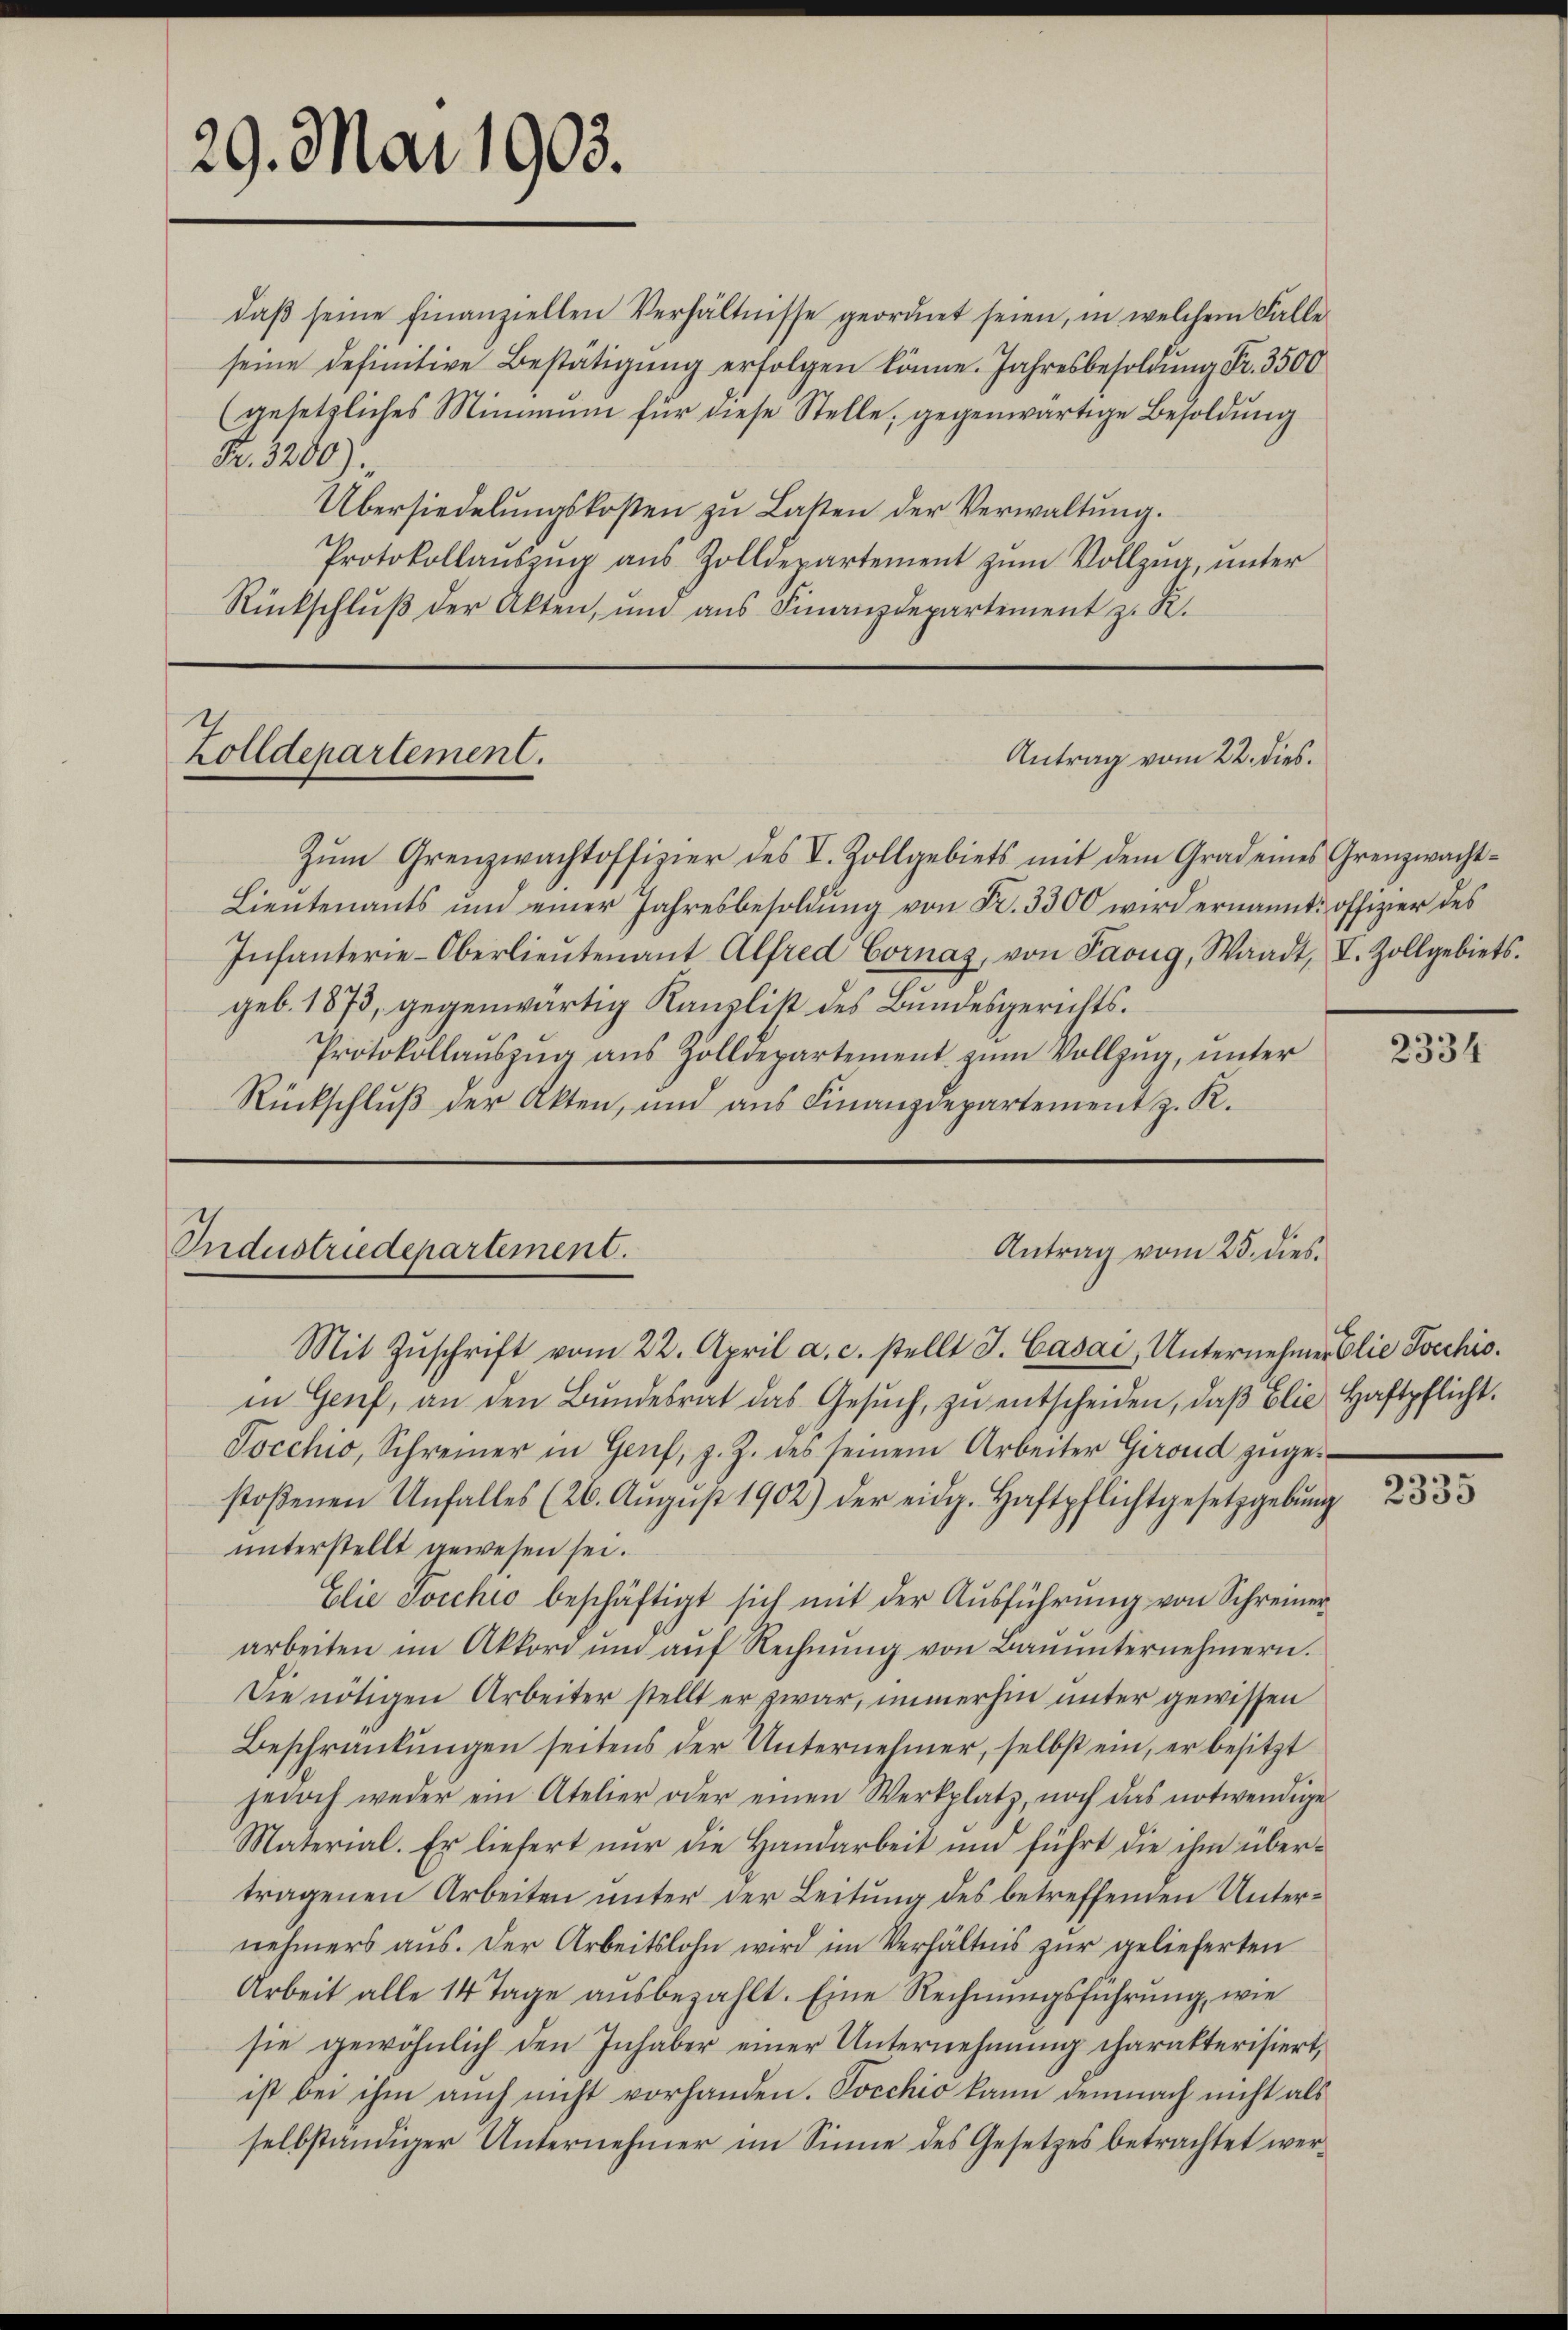
29. Mai 1903.

daβ seine finanziellen Verhältnisse geordnet seien, in welchem Falle
seine definitive Bestätigung erfolgen könne. Jahresbesoldung Fr. 3500
(gesetzliches Minimum für diese Stelle, gegenwärtige Besoldung
Fr. 3200)
Übersiedelungskosten zu Lasten der Verwaltung.
Protokollaŭszŭg aŭs Zolldepartement zŭm Vollzŭg, ŭnter
Rückschlŭβ der Akten, und aŭs Finanzdepartement z. R.

Zolldepartement.

Industriedepartement.

Zŭm Grenzwachtoffizier des V. Zollgebiets mit dem Grad eines Grenzwacht-
Lieutenants und einer Jahresbesoldŭng von Fr. 3300 wird ernannt: offizier des
Infanterie-Oberlieŭtenant Alfred Cornaz, von Paoŭg, Waadt, I. Zollgebiets.
geb. 1873, gegenwärtig Kanzlist des Bundesgerichts¬
Protokollaŭszŭg aŭs Zolldepartement zŭm Vollzŭg, ŭnter
Rückschlŭβ der Akten, und ans Finanzdepartement z. R.

Antrag vom 22. dies.

Mit Zŭschrift vom 22. April a. c. stellt J. Casai, Unternehmer blie oechis.
in Genf, an den Bundesrat das Gesŭch, zu entscheiden, daß Elie Haftpflicht.
Jocchio, Schreiner in Genf, z. Z. des seinem Arbeiter Girond zugestoßenen Unfalles (26. Aŭgŭst 1902) der eidg. Haftpflichtgesetzgebŭng
unterstellt gewesen sei.
Elie Jocchio beschäftigt sich mit der Aŭsführŭng von Schreiner
arbeiten im Akkord ŭm aŭf Rechnŭng von Baŭŭnternehmern.
Die nötigen Arbeiter stellt er zwar, immerhin unter gewissen
Beschränkungen seitens der Unternehmer, selbst ein, er besitzt
jedoch weder ein Atelier oder einen Werkplatz, noch das notwendige
Material. Er liefert nŭr die Handarbeit und führt die ihm über-
tragenen Arbeiten ŭnter der Leitŭng des betreffenden Unternehmers aus. Der Arbeitslohn wird im Verhältnis zur gelieferten
Arbeit alle 14 Tage aŭsbezahlt. Eine Rechnungsführung, wie
sie gewöhnlich den Inhaber einer Unternehmung charakterisiert,
ist bei ihm auch nicht vorhanden. Docchio kann demnach nicht als
selbständiger Unternehmer im Sinne des Gesetzes betrachtet wer¬

Antrag vom 25. dies

2334

2335